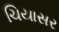
ચિયાસર